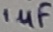
Text: 1µF